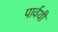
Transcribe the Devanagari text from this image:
पार्वथी